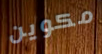
مكوين